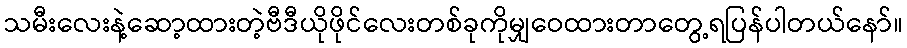
သမီးလေးနဲ့ဆော့ထားတဲ့ဗီဒီယိုဖိုင်လေးတစ်ခုကိုမျှဝေထားတာတွေ့ရပြန်ပါတယ်နော်။